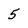
Character: 5